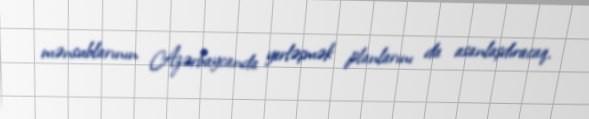
mənsublarının Azərbaycanda yerləşmək planlarını da asanlaşdıracaq.